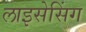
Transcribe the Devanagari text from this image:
लाइसेसिंग